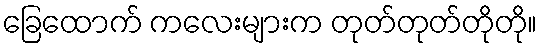
ခြေထောက် ကလေးများက တုတ်တုတ်တိုတို။